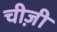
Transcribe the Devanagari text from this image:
चीज़ी